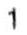
1